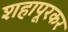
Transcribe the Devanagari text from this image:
शहापूरकर